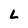
Character: L